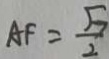
A F = \frac { \sqrt { 7 } } { 2 }